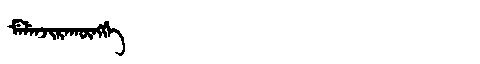
Manchu: ᠮᡝᠯᡝᠨᠵᡳᡵᠠᡴᡡᠩᡤᡝ
Romanization: MELENJIRAKŪNGGE